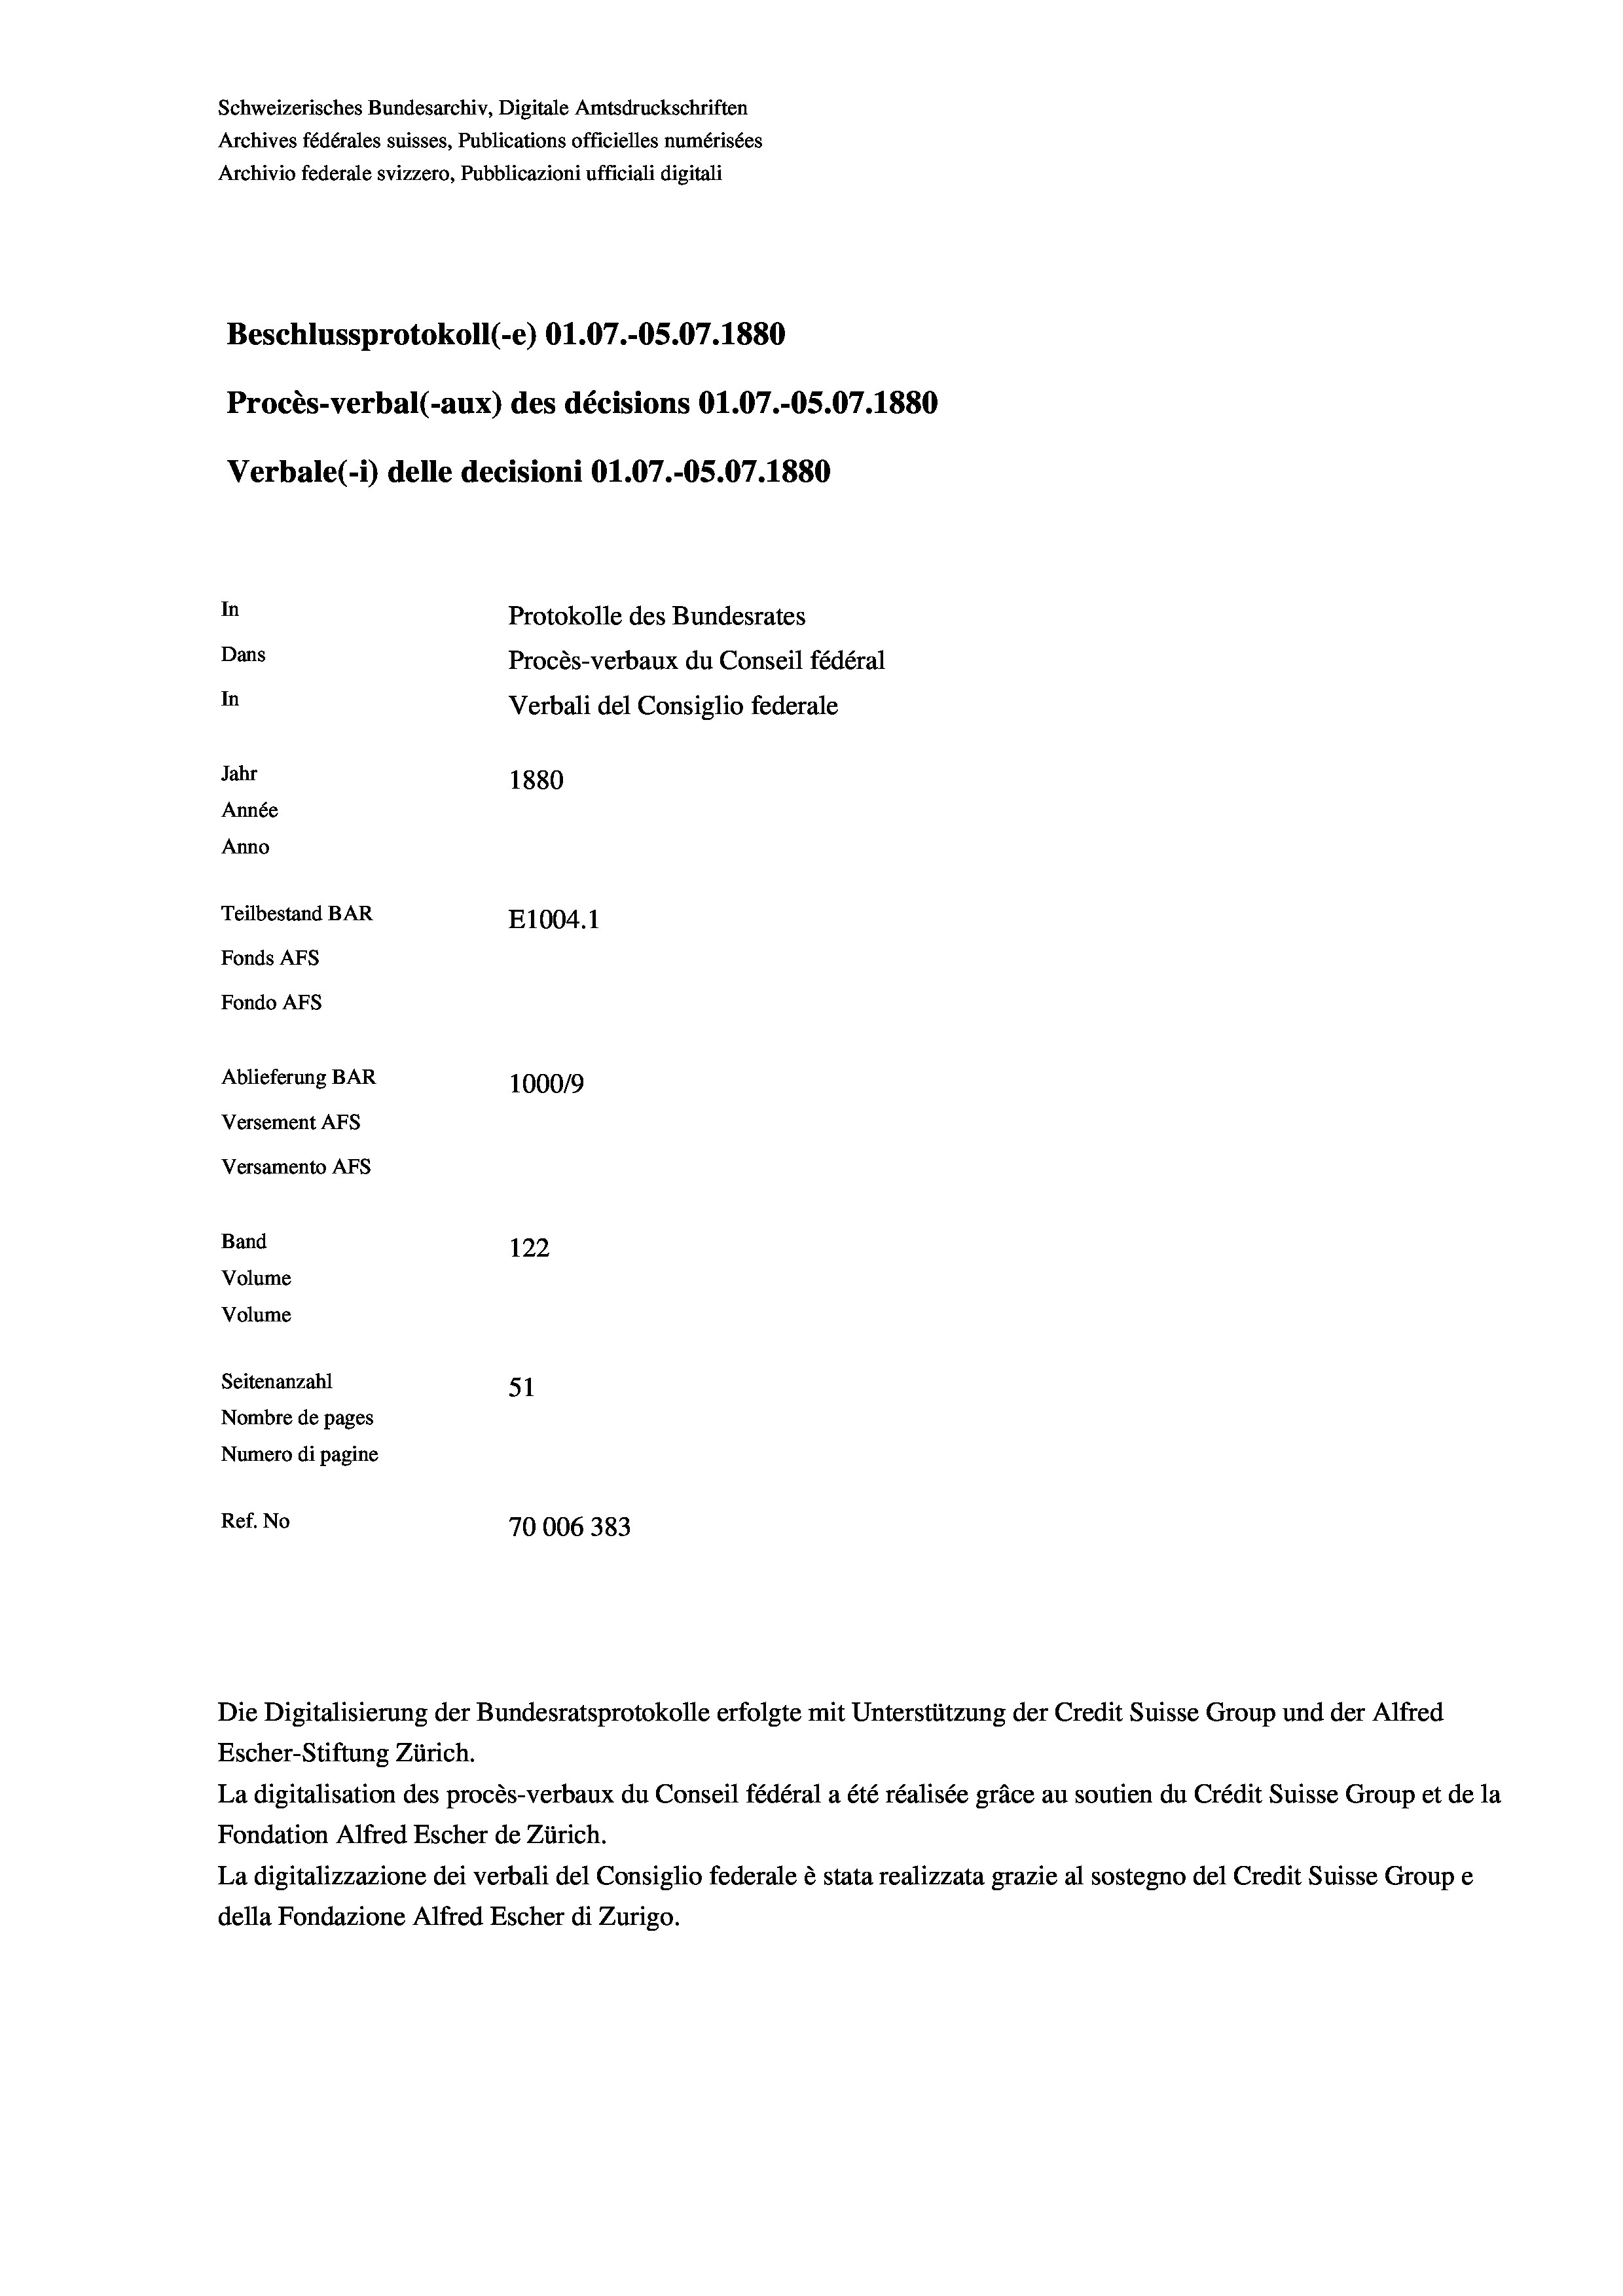
Schweizerisches Bundesarchiv, Digitale Amtsdruckschriften
Archives fédérales suisses, Publications officielles numérisées
Beschlussprotokoll (-e) O1.07.-OS.07. 1880
Procès-verbal (-aux) des décisions O1.07.-OS.07.1880
In
Protokolle des Bundesrates
Dans
Procès-verbaux du Conseil fédéral
In
Verbali del Consiglio federale
Jahr
1880
Année
Anno
Teilbestand BAR
E1004. 1
Fonds AFs
Fondo AFS

Ablieferung BAR
Versement AFs
Versamento Afs
Band
Volume
Volume
Seitenanzahl

Archivio federale svizzero, Pubblicazioni ufficiali digitali

Verbale (1) delle decisioni O1.07.-OS.07. 1880

122
51
Nombre de pages
Numero di pagine
Ref. No
70006383

100019

Escher-Stiftung Zürich.
La digitalisation des procès-verbaux du Conseil fédéral a été réalisée gräce au soutien du Crédit Suisse Group et de la
Fondation Alfred Escher de Zürich.
La digitalizzazione dei verbali del Consiglio federale è stata realizzata grazie al sostegno del Credit Suisse Groupe
della Fondazione Alfred Escher di Zurigo.

Die Digitalisierung der Bundesratsprotokolle erfolgte mit Unterstützung der Credit Suisse Group und der Alfred